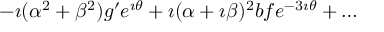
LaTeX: - \imath ( \alpha ^ { 2 } + \beta ^ { 2 } ) g ^ { \prime } e ^ { \imath \theta } + \imath ( \alpha + \imath \beta ) ^ { 2 } b f e ^ { - 3 \imath \theta } + \ldots